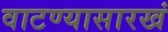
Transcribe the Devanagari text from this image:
वाटण्यासारखं